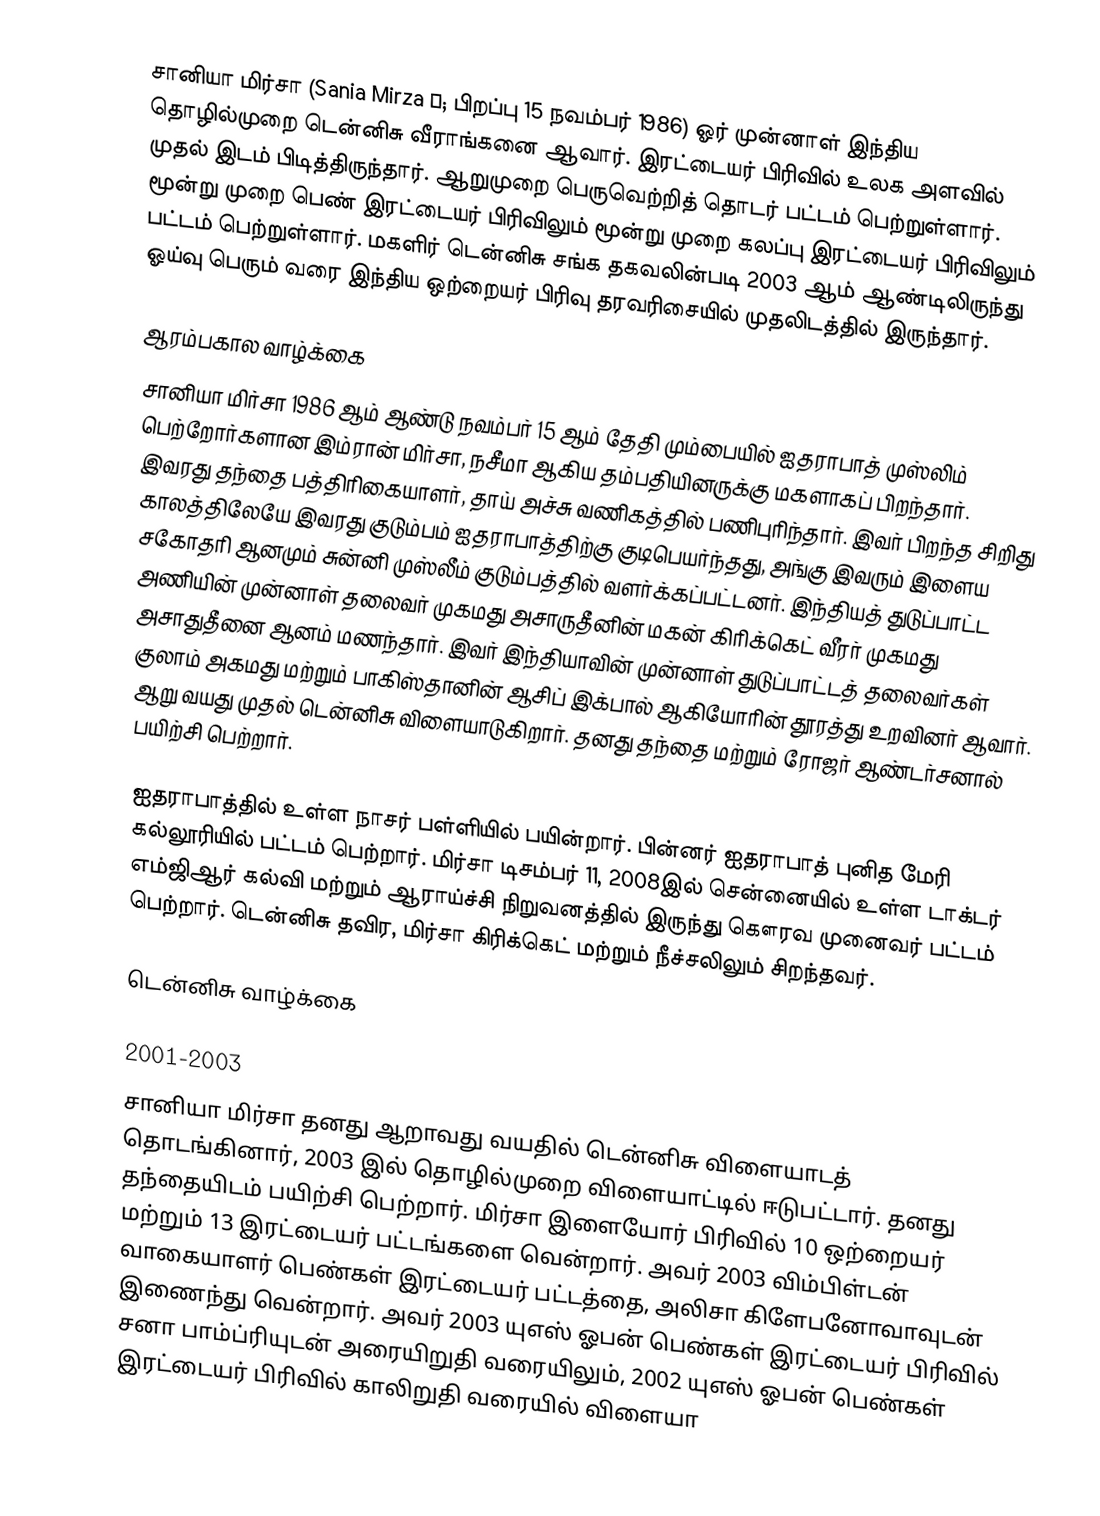
சானியா மிர்சா (Sania Mirza ˈ; பிறப்பு 15 நவம்பர் 1986) ஓர் முன்னாள் இந்திய தொழில்முறை டென்னிசு வீராங்கனை ஆவார். இரட்டையர் பிரிவில் உலக அளவில் முதல் இடம் பிடித்திருந்தார். ஆறுமுறை பெருவெற்றித் தொடர் பட்டம் பெற்றுள்ளார். மூன்று முறை பெண் இரட்டையர் பிரிவிலும் மூன்று முறை கலப்பு இரட்டையர் பிரிவிலும் பட்டம் பெற்றுள்ளார். மகளிர் டென்னிசு சங்க தகவலின்படி 2003 ஆம் ஆண்டிலிருந்து ஓய்வு பெரும் வரை இந்திய ஒற்றையர் பிரிவு தரவரிசையில் முதலிடத்தில் இருந்தார்.

ஆரம்பகால வாழ்க்கை
சானியா மிர்சா 1986 ஆம் ஆண்டு நவம்பர் 15 ஆம் தேதி மும்பையில் ஐதராபாத் முஸ்லிம் பெற்றோர்களான இம்ரான் மிர்சா, நசீமா ஆகிய தம்பதியினருக்கு மகளாகப் பிறந்தார். இவரது தந்தை  பத்திரிகையாளர், தாய் அச்சு வணிகத்தில் பணிபுரிந்தார். இவர் பிறந்த சிறிது காலத்திலேயே இவரது குடும்பம் ஐதராபாத்திற்கு குடிபெயர்ந்தது, அங்கு இவரும் இளைய சகோதரி ஆனமும்  சுன்னி முஸ்லீம் குடும்பத்தில் வளர்க்கப்பட்டனர். இந்தியத் துடுப்பாட்ட அணியின் முன்னாள் தலைவர் முகமது அசாருதீனின் மகன் கிரிக்கெட் வீரர் முகமது அசாதுதீனை ஆனம் மணந்தார். இவர் இந்தியாவின் முன்னாள் துடுப்பாட்டத் தலைவர்கள் குலாம் அகமது மற்றும் பாகிஸ்தானின் ஆசிப் இக்பால் ஆகியோரின் தூரத்து உறவினர் ஆவார். ஆறு வயது முதல் டென்னிசு விளையாடுகிறார்.  தனது தந்தை மற்றும் ரோஜர் ஆண்டர்சனால் பயிற்சி பெற்றார்.

ஐதராபாத்தில் உள்ள நாசர் பள்ளியில் பயின்றார். பின்னர் ஐதராபாத் புனித மேரி கல்லூரியில் பட்டம் பெற்றார். மிர்சா டிசம்பர் 11, 2008இல் சென்னையில் உள்ள டாக்டர் எம்ஜிஆர் கல்வி மற்றும் ஆராய்ச்சி நிறுவனத்தில் இருந்து கௌரவ முனைவர் பட்டம் பெற்றார். டென்னிசு தவிர, மிர்சா கிரிக்கெட் மற்றும் நீச்சலிலும் சிறந்தவர்.

டென்னிசு வாழ்க்கை

2001-2003
சானியா மிர்சா தனது ஆறாவது வயதில் டென்னிசு விளையாடத் தொடங்கினார், 2003 இல் தொழில்முறை விளையாட்டில் ஈடுபட்டார். தனது தந்தையிடம் பயிற்சி பெற்றார். மிர்சா இளையோர் பிரிவில்  10 ஒற்றையர் மற்றும் 13 இரட்டையர் பட்டங்களை வென்றார். அவர் 2003 விம்பிள்டன் வாகையாளர் பெண்கள் இரட்டையர் பட்டத்தை, அலிசா கிளேபனோவாவுடன் இணைந்து வென்றார். அவர் 2003 யுஎஸ் ஓபன் பெண்கள் இரட்டையர் பிரிவில் சனா பாம்ப்ரியுடன் அரையிறுதி வரையிலும், 2002 யுஎஸ் ஓபன் பெண்கள் இரட்டையர் பிரிவில் காலிறுதி வரையில் விளையா